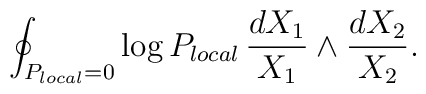
\oint_{P_{local}=0}\log P_{local}\,\frac{dX_1}{X_1}\wedge\frac{dX_2}{X_2}.